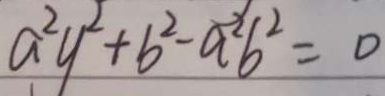
a ^ { 2 } y ^ { 2 } + b ^ { 2 } - a ^ { 2 } b ^ { 2 } = 0